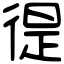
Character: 徥